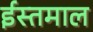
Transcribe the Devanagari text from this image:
ईस्तमाल